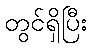
တွင်ရှိပြီး